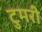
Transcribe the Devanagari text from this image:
टुमरी